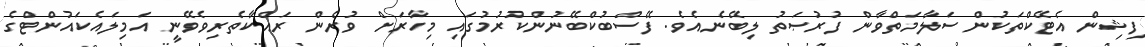
ފިޝިން އެޓޭކްތަކުން ސަލާމަތްވާން ފުރުޞަތު ލިބޭނެއެވެ. ފޭސްބުކްބޭނުންކުރުމުގައި މިހާރަށް ވުރެން ރައްކާތެރިވެވޭނީ އަމިލައެކައުންޓްގެ